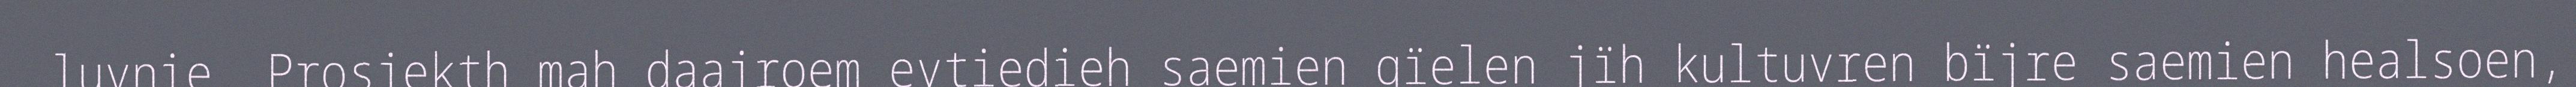
luvnie. Prosjekth mah daajroem evtiedieh saemien gïelen jïh kultuvren bïjre saemien healsoen,